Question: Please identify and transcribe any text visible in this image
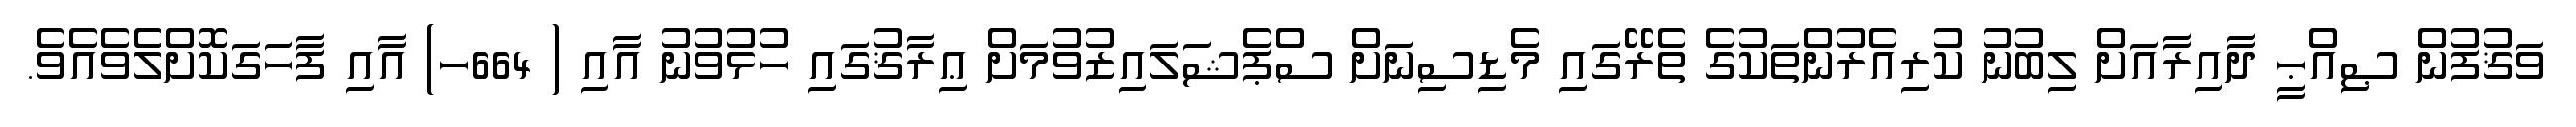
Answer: ވަޤުފުން ޞިއްޙީ ދާއިރާއަށް ލިބުނު ކުރިއެރުންތަކުގެ ތެރޭގައި މެޑިސިނަށް ސްޕެޝަލައިޒުވުމަށް ޢިރާޤުގައި ހުޅުވުނު އާއި ( 664ހ) އާއި ފާހަގަކޮށްލެވެއެވެ.